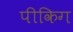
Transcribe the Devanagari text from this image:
पीकिग